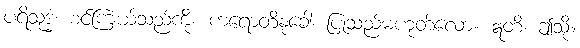
ပရိသုဒ္ဓံ၊ စင်ကြယ်သည်ကို။ ကရောတိနုခေါ၊ ပြုသည်မဟုတ်လော။ ဣတိ၊ ဤသို့။